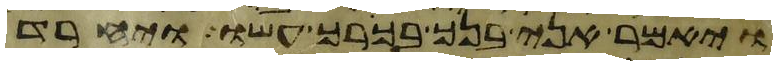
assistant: ויאמר אני בנך בכרך עשו ויחרד